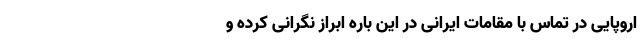
اروپایی در تماس با مقامات ایرانی در این باره ابراز نگرانی‌ کرده و